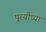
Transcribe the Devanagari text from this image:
पूरयोध्या